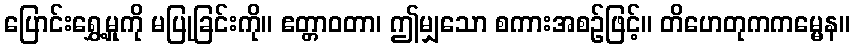
ပြောင်းရွှေ့မှုကို မပြုခြင်းကို။ ဧတ္တာဝတာ၊ ဤမျှသော စကားအစဉ်ဖြင့်။ တိဟေတုကကမ္မေန။